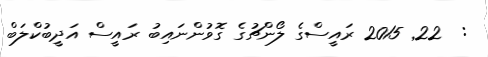
:  22